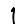
Digit: 1